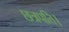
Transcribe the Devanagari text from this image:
छत्रपति।